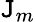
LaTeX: \mathtt{J}_{m}